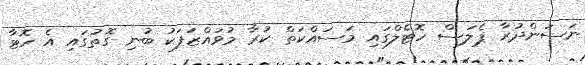
ނަސަންދުރާ ޕެލަސް ހޮޓެލްގައި މަސައްކަތް ކުރާ މުވައްޒަފަކު ބުނި ގޮތުގައި އެ ހޮޓާ